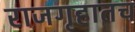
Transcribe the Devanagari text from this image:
राजगृहातच